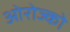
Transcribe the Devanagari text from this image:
ओरोज्को